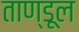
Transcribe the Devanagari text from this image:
ताण्डूल